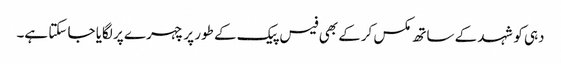
دہی کو شہد کے ساتھ مکس کرکے بھی فیس پیک کے طور پر چہرے پر لگایا جا سکتا ہے۔